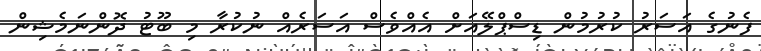
ފެނުގެ އަސަރު ކުރުމުން ޑިސްޕްލޭއަށް އެއްވެސް އަސަރެއް ނުކުރާ މި ބޫޓު ދޮންނަމެޝިން